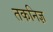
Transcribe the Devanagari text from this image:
तकनिज्ञ